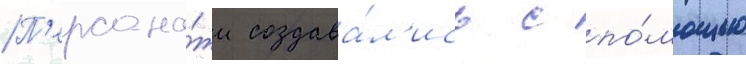
П'ерсона́жи создава́л'ись с по́мощью